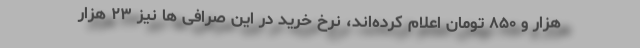
هزار و ۸۵۰ تومان اعلام کرده‌اند، نرخ خرید در این صرافی ها نیز ۲۳ هزار